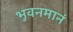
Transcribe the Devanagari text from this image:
भुवनमानं